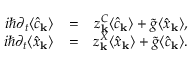
\begin{array} { r l r } { i \hbar \partial _ { t } \langle \hat { c } _ { \bf k } \rangle } & { = } & { z _ { \bf k } ^ { C } \langle \hat { c } _ { \bf k } \rangle + \tilde { g } \langle \hat { x } _ { \bf k } \rangle , } \\ { i \hbar \partial _ { t } \langle \hat { x } _ { \bf k } \rangle } & { = } & { z _ { \bf k } ^ { X } \langle \hat { x } _ { \bf k } \rangle + \tilde { g } \langle \hat { c } _ { \bf k } \rangle . } \end{array}